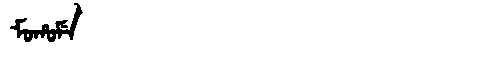
Manchu: ᠮᠣᡥᠣᠮᡝ
Romanization: MOHOME